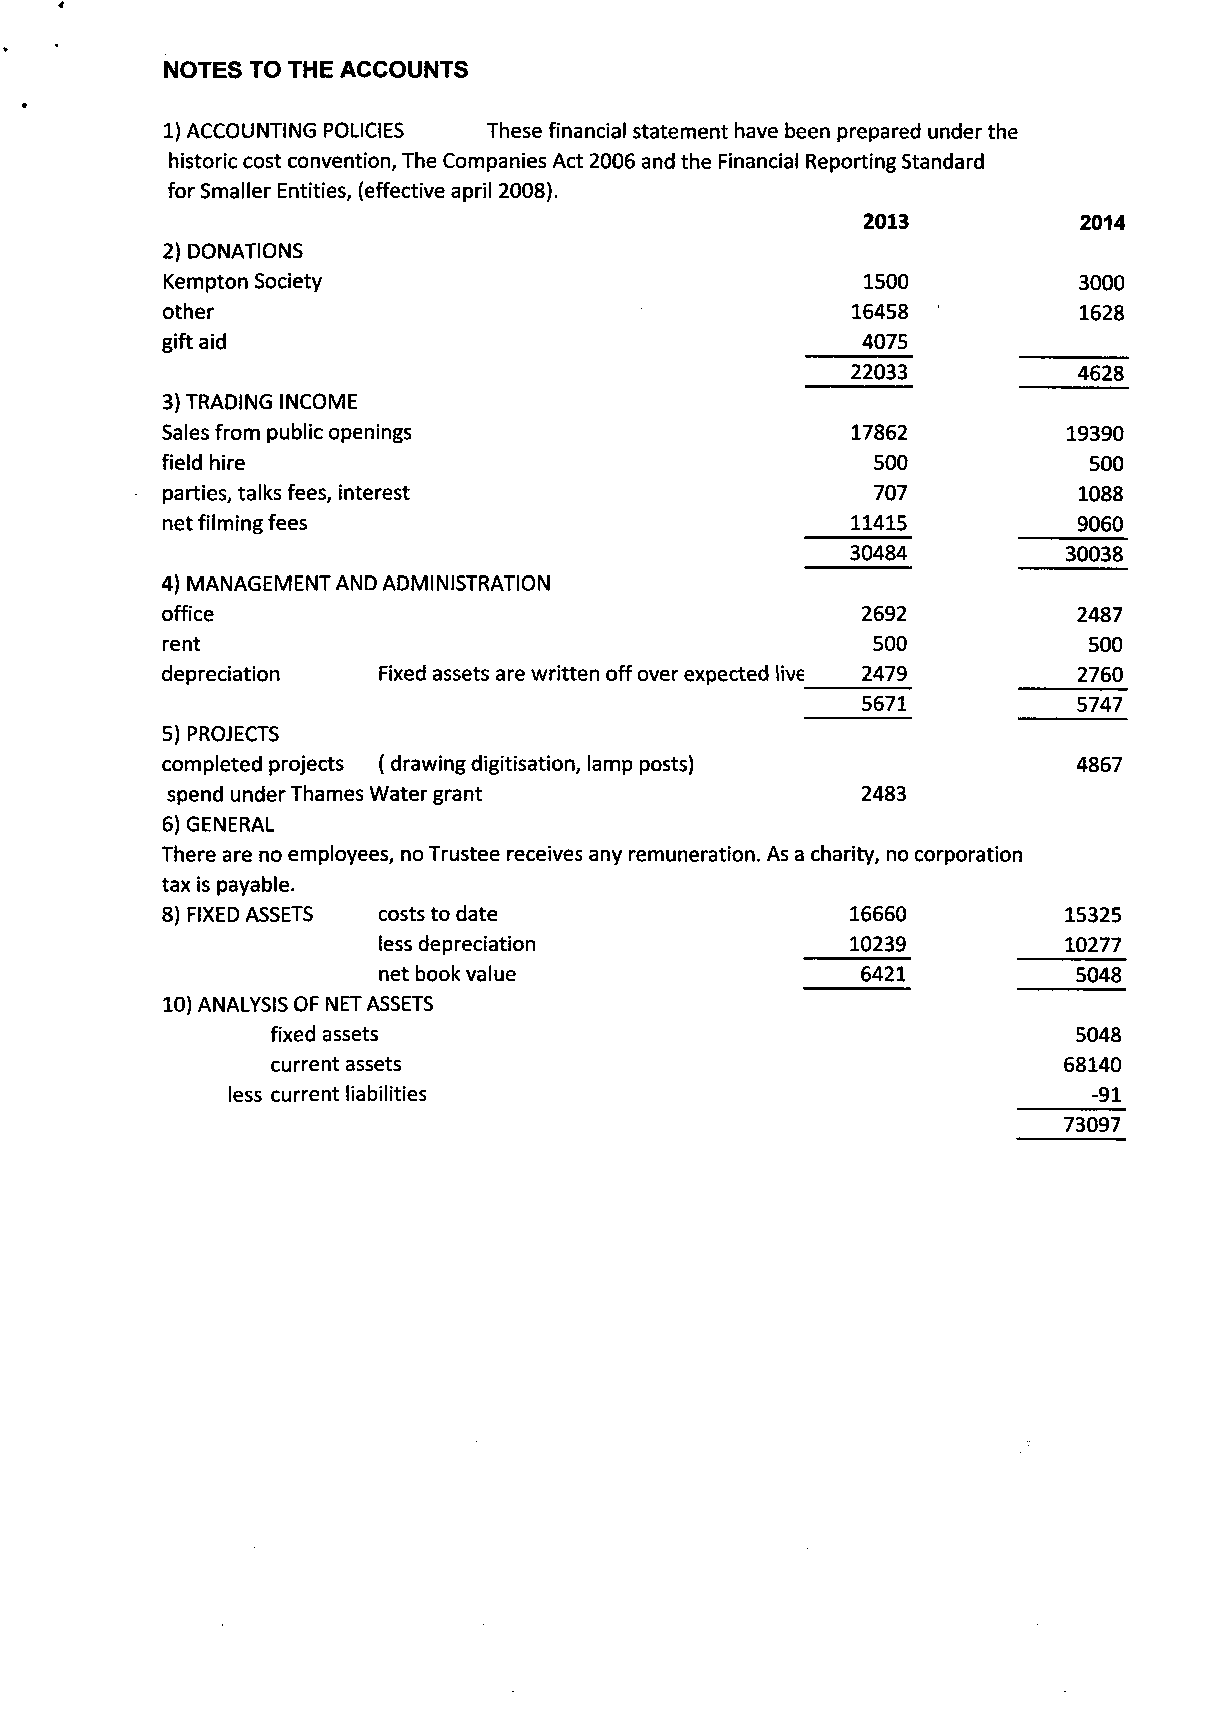
NOTES TO THE ACCOUNTS
 1) ACCOUNTING POLICIES These financial statement have been prepared under the
 historic cost convention, The Companies Act 2006 and the Financial Reporting Standard
 for Smaller Entities, (effective april 2008).
 2013
 2) DONATIONS
 Kempton Society                               1500
 other                                        16458
 gift aid                                      4075
 22033
 3) TRADING INCOME
 Sales from public openings                   17862
 field hire                                     500
 parties, talks fees, interest                  707
 net filming fees                             11415
 30484
 4) MANAGEMENT AND ADMINISTRATION
 office                                        2692
 rent                                           500
 depreciation  Fixed assets are written off over expected live 2479
 5) PROJECTS
 completed projects ( drawing digitisation, lamp posts)
 spend under Thames Water grant                2483
 6) GENERAL
 There are no employees, no Trustee receives any remuneration. As a charity, no corporation
 tax is payable.
 8) FIXED ASSETS costs to date                16660
 less depreciation              10239
 net book value                  6421
 10) ANALYSIS OF NET ASSETS
 fixed assets
 current assets
 less current liabilities